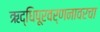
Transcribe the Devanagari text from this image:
ऋद्धिपूरवर्णनावरचा